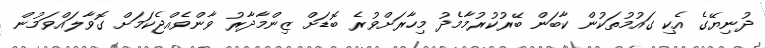
ދުނިޔޭގެ އެކި ގައުމުތަކުން ކާބަން ބޭރުކުރުމާމެދު މިހާރަށްވުރެ ބޮޑަށް ޒިންމާދާރު ވާންވެއްޖެކަމަށް ގޮވާލައްވަމުން